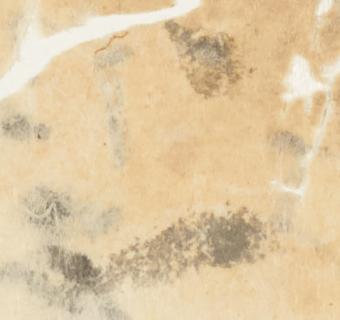
二